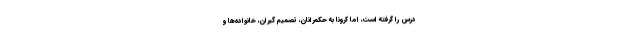
درس را گرفته است، اما کرونا به حکمرانان، تصمیم گیران، خانواده‌ها و